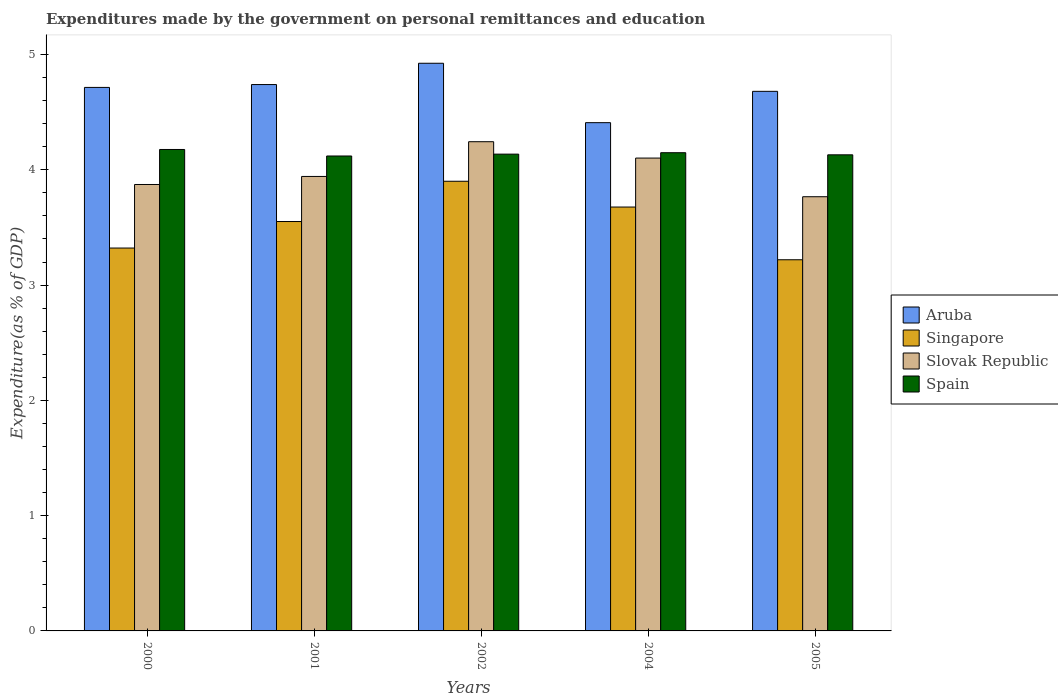
| Years | Aruba | Singapore | Slovak Republic | Spain |
 | --- | --- | --- | --- | --- |
 | 2000 | 4.71 | 3.32 | 3.87 | 4.18 |
 | 2001 | 4.74 | 3.55 | 3.94 | 4.12 |
 | 2002 | 4.92 | 3.9 | 4.24 | 4.14 |
 | 2004 | 4.41 | 3.68 | 4.1 | 4.15 |
 | 2005 | 4.68 | 3.22 | 3.77 | 4.13 |